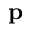
\mathbf { p }